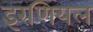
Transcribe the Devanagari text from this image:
इरणियल